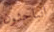
الباحثون